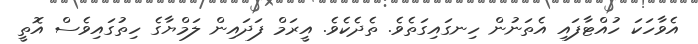
އެވާހަކަ ހުއްޓާފައި އެތަނުން ހިނގައިގަތެވެ. ތެދެކެވެ. އީރަމް ފަދައިން ލަމްޔާގެ ހިތުގައިވެސް އޮތީ